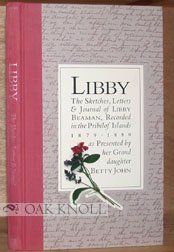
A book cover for Libby: The Sketches, Letters and Journal of Libby Beaman, Recorded in the Pribilof Islands, 1879-1880; Elizabeth Beaman John; Travel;